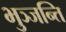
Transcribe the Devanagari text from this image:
भुञ्जन्ति